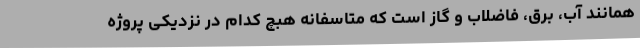
همانند آب، برق، فاضلاب و گاز است که متاسفانه هبچ کدام در نزدیکی پروژه